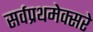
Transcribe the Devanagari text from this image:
सर्वप्रथमेक्सरे